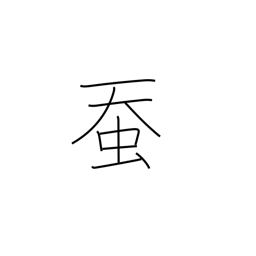
Meaning: silkworm